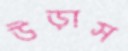
উড়াস